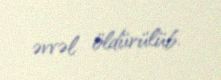
əvvəl öldürülüb.